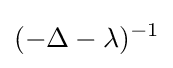
(-\Delta -\lambda )^{-1}